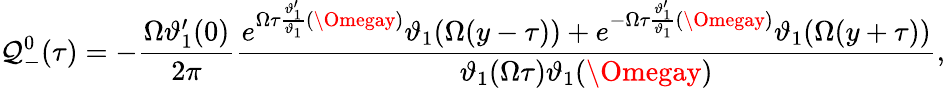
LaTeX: \mathcal{Q}_{-}^{0}(\tau)=-\frac{{\Omega\vartheta_{1}^{\prime}(0)}}{{2\pi}}\frac{{e^{\Omega\tau\frac{{\vartheta_{1}^{\prime}}}{{\vartheta_{1}}}(\Omegay)}\vartheta_{1}(\Omega(y-\tau))+e^{-\Omega\tau\frac{{\vartheta_{1}^{\prime}}}{{\vartheta_{1}}}(\Omegay)}\vartheta_{1}(\Omega(y+\tau))}}{{\vartheta_{1}(\Omega\tau)\vartheta_{1}(\Omegay)}},